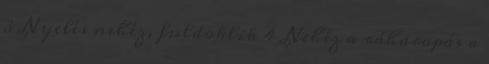
3 Nyelés nehéz, fuldoklik 4 Nehéz a ráharapás a